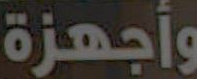
وأجهزة